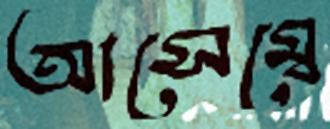
আসেম্বে